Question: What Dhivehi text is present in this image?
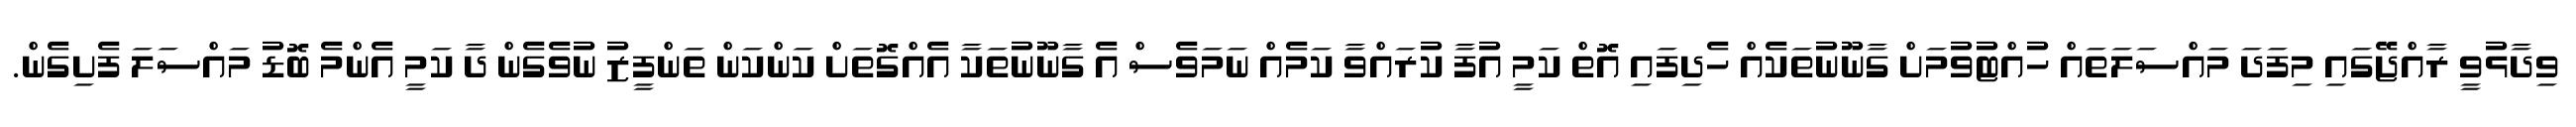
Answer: ވިދާޅުވީ ރާއްޖޭގައި މިފަދަ މައްސަލަތައް ހުއްޓުވުމަށް ގާނޫނުތަކެއް ހެދިފައި އޮތް ކަމީ އުފާ ކުރައްވާ ކަމެއް ނަމަވެސް އެ ގާނޫނުތަކާ އެއްގޮތަށް ކަންކަން ތަންފީޒު ނުވެގެން ދާ ކަމީ އެންމެ ބޮޑު މައްސަލަ ފެށިގެން.